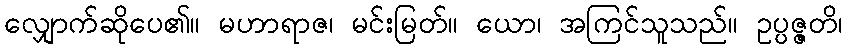
လျှောက်ဆိုပေ၏။ မဟာရာဇ၊ မင်းမြတ်။ ယော၊ အကြင်သူသည်။ ဥပ္ပဇ္ဇတိ၊